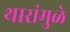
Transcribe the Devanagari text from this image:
थारांमुळे